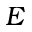
E